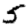
Digit: 5